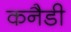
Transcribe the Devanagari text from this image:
कनैडी